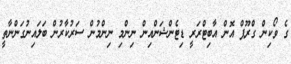
ގެ ވޯކިން ގްރޫޕް އޮން އާބިޓްރަރީ ޑިޓެންޝަންއިން ނިންމި ނިންމުން ސަރުކާރުން ބަލައިނުގަންނާތީ